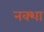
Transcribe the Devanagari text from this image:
नक्‍शा